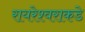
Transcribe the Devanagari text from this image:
रायरेश्वराकडे